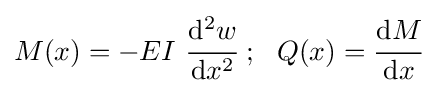
M(x)=-EI~{\cfrac {\mathrm {d} ^{2}w}{\mathrm {d} x^{2}}}~;~~Q(x)={\cfrac {\mathrm {d} M}{\mathrm {d} x}}